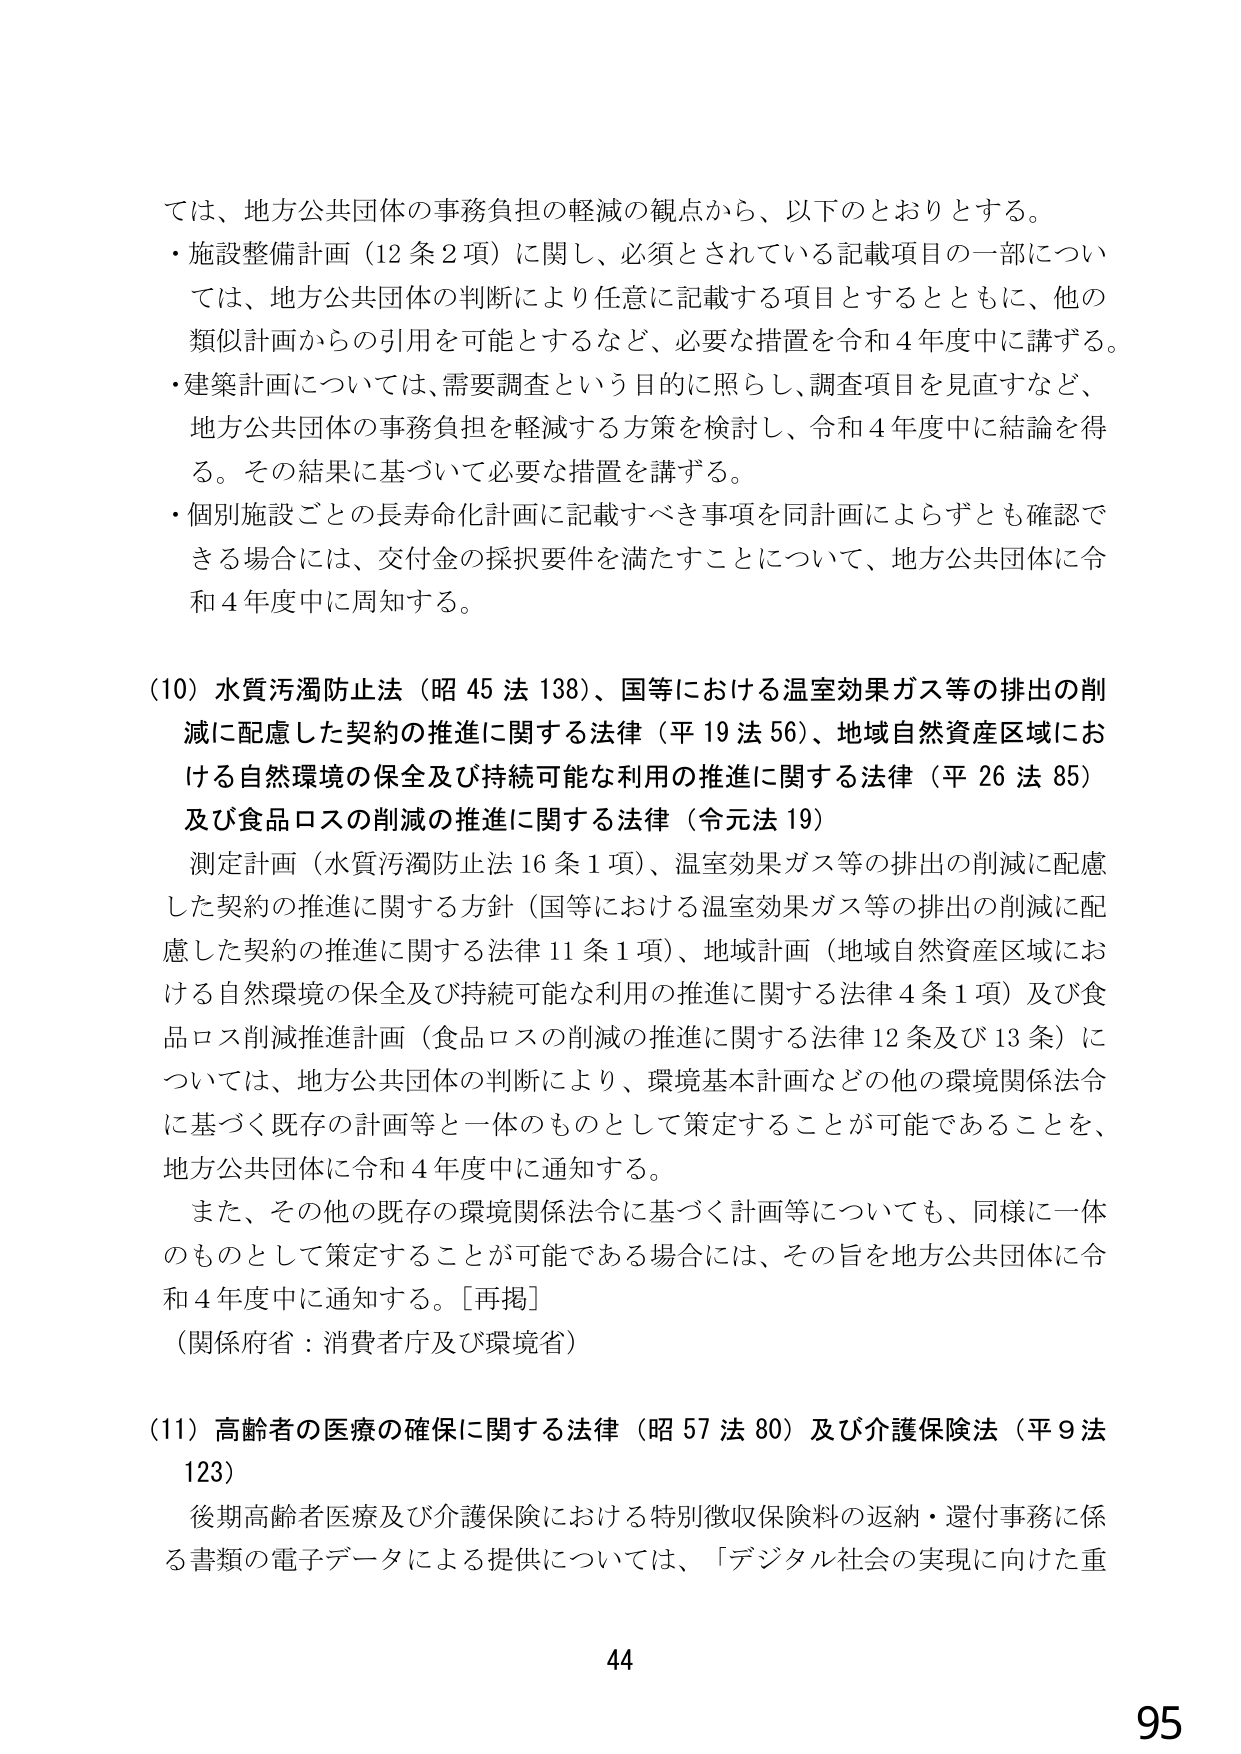
ては、地方公共団体の事務負担の軽減の観点から、以下のとおりとする。
・施設整備計画（12条2項）に関し、必須とされている記載項目の一部については、地方公共団体の判断により任意に記載する項目とするとともに、他の類似計画からの引用を可能とするなど、必要な措置を令和4年度中に講ずる。
・建築計画については、需要調査という目的に照らし、調査項目を見直すなど、地方公共団体の事務負担を軽減する方策を検討し、令和4年度中に結論を得る。その結果に基づいて必要な措置を講ずる。
・個別施設ごとの長寿命化計画に記載すべき事項を同計画によらずとも確認できる場合には、交付金の採択要件を満たすことについて、地方公共団体に令和4年度中に周知する。

(10) 水質汚濁防止法（昭45法138）、国等における温室効果ガス等の排出の削減に配慮した契約の推進に関する法律（平19法56）、地域自然資産区域における自然環境の保全及び持続可能な利用の推進に関する法律（平26法85）及び食品ロスの削減の推進に関する法律（令元法19）
測定計画（水質汚濁防止法16条1項）、温室効果ガス等の排出の削減に配慮した契約の推進に関する方針（国等における温室効果ガス等の排出の削減に配慮した契約の推進に関する法律11条1項）、地域計画（地域自然資産区域における自然環境の保全及び持続可能な利用の推進に関する法律4条1項）及び食品ロス削減推進計画（食品ロスの削減の推進に関する法律12条及び13条）については、地方公共団体の判断により、環境基本計画などの他の環境関係法令に基づく既存の計画等と一体のものとして策定することが可能であることを、地方公共団体に令和4年度中に通知する。
また、その他の既存の環境関係法令に基づく計画等についても、同様に一体のものとして策定することが可能である場合には、その旨を地方公共団体に令和4年度中に通知する。[再掲]
（関係府省：消費者庁及び環境省）

(11) 高齢者の医療の確保に関する法律（昭57法80）及び介護保険法（平9法123）
後期高齢者医療及び介護保険における特別徴収保険料の返納・還付事務に係る書類の電子データによる提供については、「デジタル社会の実現に向けた重

44
95